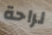
لراحة